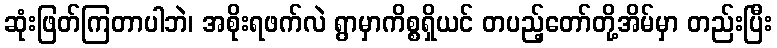
ဆုံးဖြတ်ကြတာပါဘဲ၊ အစိုးရဖက်လဲ ရွာမှာကိစ္စရှိယင် တပည့်တော်တို့အိမ်မှာ တည်းပြီး